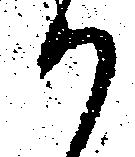
か